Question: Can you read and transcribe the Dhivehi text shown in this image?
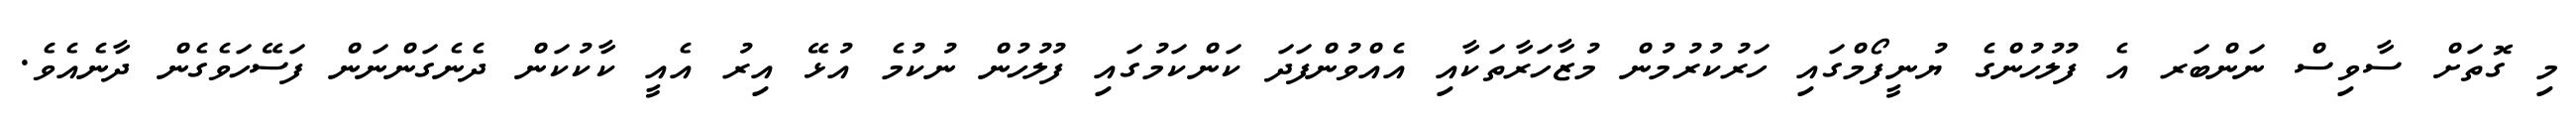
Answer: މި ގޮތަށް ސާވިސް ނަންބަރ އެ ފުލުހުންގެ ޔުނީފޯމްގައި ހަރުކުރުމުން މުޒާހަރާތަކާއި އެއްވުންފަދަ ކަންކަމުގައި ފުލުހުން ނުކުމެ އުޅޭ އިރު އެއީ ކާކުކަން ދެނެގަންނަން ފަސޭހަވެގެން ދާނެއެވެ.